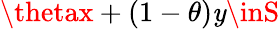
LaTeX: \thetax+(1-\theta)\mathit{y}\inS